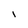
Character: I